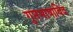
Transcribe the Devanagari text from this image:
गुप्तभाषाविद